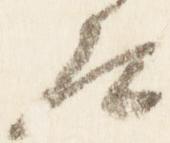
原